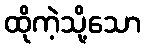
ထိုကဲ့သို့သော